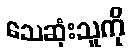
သေဆုံးသူကို